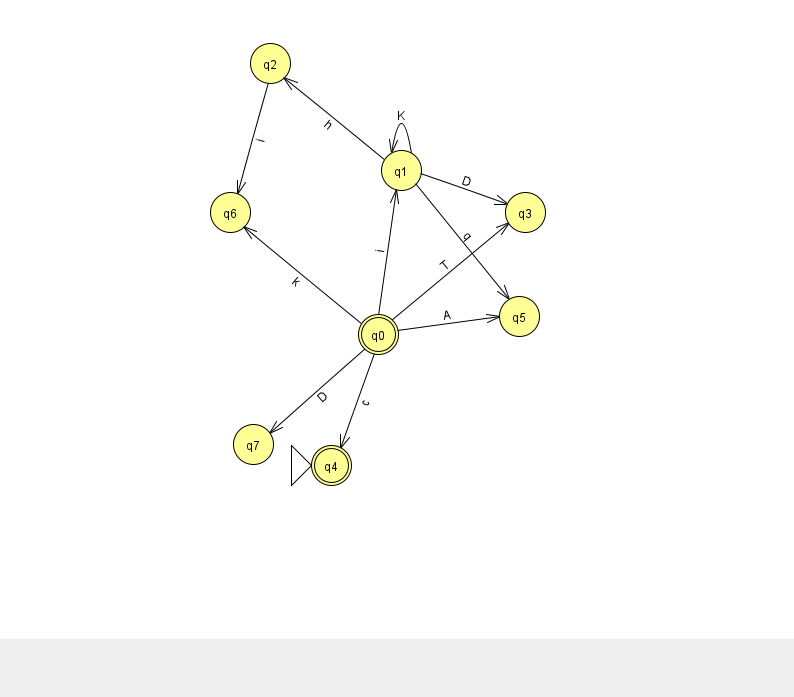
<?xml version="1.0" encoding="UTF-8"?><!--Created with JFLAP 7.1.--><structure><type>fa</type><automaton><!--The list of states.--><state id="0" name="q0"><x>378.0</x><y>321.0</y><final/></state><state id="1" name="q1"><x>401.0</x><y>157.0</y></state><state id="2" name="q2"><x>270.0</x><y>50.0</y></state><state id="3" name="q3"><x>525.0</x><y>199.0</y></state><state id="4" name="q4"><x>331.0</x><y>452.0</y><initial/><final/></state><state id="5" name="q5"><x>519.0</x><y>303.0</y></state><state id="6" name="q6"><x>230.0</x><y>199.0</y></state><state id="7" name="q7"><x>253.0</x><y>431.0</y></state><!--The list of transitions.--><transition><from>0</from><to>4</to><read>c</read></transition><transition><from>0</from><to>7</to><read>D</read></transition><transition><from>2</from><to>6</to><read>i</read></transition><transition><from>0</from><to>6</to><read>k</read></transition><transition><from>0</from><to>1</to><read>i</read></transition><transition><from>1</from><to>1</to><read>K</read></transition><transition><from>1</from><to>3</to><read>D</read></transition><transition><from>1</from><to>5</to><read>q</read></transition><transition><from>0</from><to>3</to><read>T</read></transition><transition><from>0</from><to>5</to><read>A</read></transition><transition><from>1</from><to>2</to><read>h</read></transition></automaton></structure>